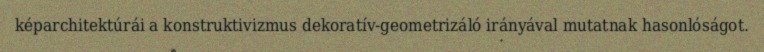
képarchitektúrái a konstruktivizmus dekoratív-geometrizáló irányával mutatnak hasonlóságot.